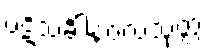
ပဋိသင်္ခါနဗလသုတ္တံ